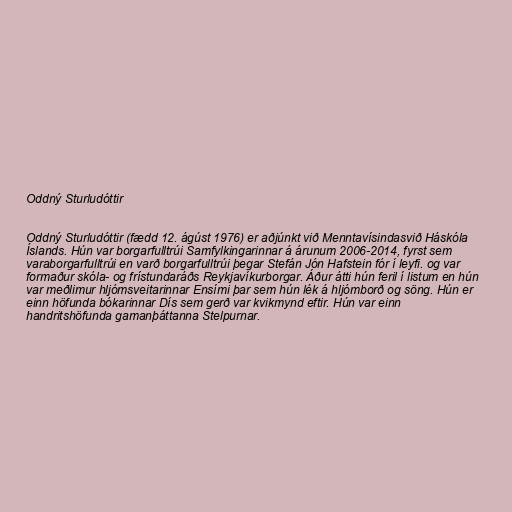
Oddný Sturludóttir

Oddný Sturludóttir (fædd 12. ágúst 1976) er aðjúnkt við Menntavísindasvið Háskóla
Íslands. Hún var borgarfulltrúi Samfylkingarinnar á árunum 2006-2014, fyrst sem
varaborgarfulltrúi en varð borgarfulltrúi þegar Stefán Jón Hafstein fór í leyfi. og var
formaður skóla- og frístundaráðs Reykjavíkurborgar. Áður átti hún feril í listum en hún
var meðlimur hljómsveitarinnar Ensími þar sem hún lék á hljómborð og söng. Hún er
einn höfunda bókarinnar Dís sem gerð var kvikmynd eftir. Hún var einn
handritshöfunda gamanþáttanna Stelpurnar.